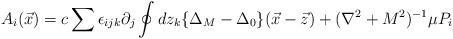
LaTeX: \begin{align*}A_i(\vec{x})=c\sum \epsilon_{ijk}\partial_j\oint dz_k\{\Delta_M-\Delta_0\}(\vec{x}-\vec{z})+(\nabla^2+M^2)^{-1}\mu P_i\end{align*}